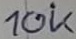
Text: 10K